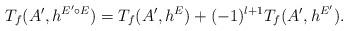
LaTeX: \begin{align*}\begin{aligned}T_{f}(A', h^{E'\circ E})=T_{f}(A', h^{E})+(-1)^{l+1}T_{f}(A', h^{E'}).\end{aligned}\end{align*}